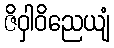
ဇိဝှါဝိညေယျံ